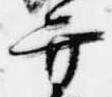
弁